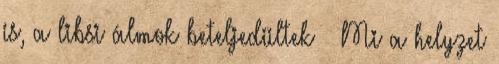
is, a libsi álmok beteljedültek 😛 Mi a helyzet